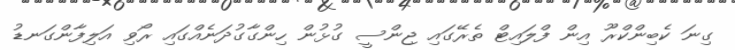
ގިނަ ކެބިންކްރޫ އިން ފްލައިޓް ތެރޭގައި ޖިންސީ ގުޅުން ހިންގާގުދަނެއްގައި ރޯވި އަލިފާންގަނޑު